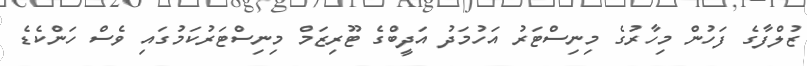
ޒުލްފާގެ ފަހުން މިހާރުގެ މިނިސްޓަރު އަހުމަދު އަދީބްގެ ޓޫރިޒަމް މިނިސްޓަރުކަމުގައި ވެސް ހަންކެޑެ